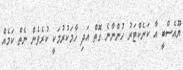
ޔޫއެސްބީ އާ ކަނެކްޓަރު ހުންނާނެ ގޮތް އަދި ހާމަކުރުމަކީ ކުރެވެން ނެތް ކަމެއް